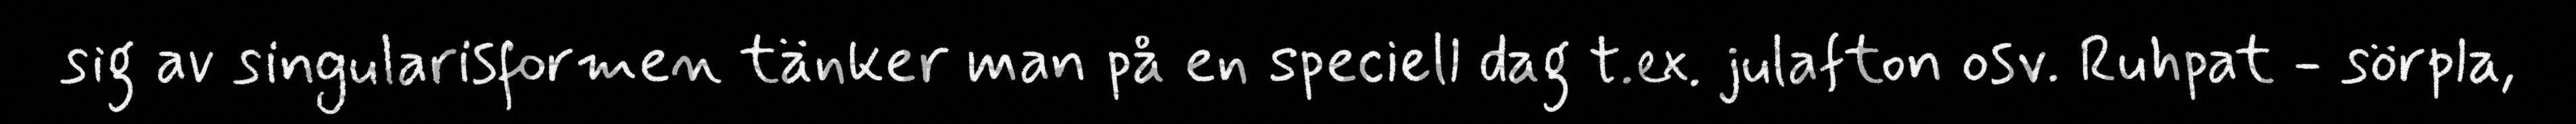
sig av singularisformen tänker man på en speciell dag t.ex. julafton osv. Ruhpat - sörpla,